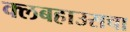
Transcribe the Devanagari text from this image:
क्लबहाउसचा